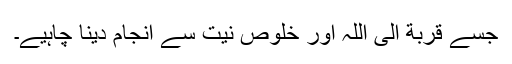
جسے قربة الی اللہ اور خلوص نیت سے انجام دینا چاہیے۔